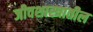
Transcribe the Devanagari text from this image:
जीवशास्त्रातील